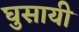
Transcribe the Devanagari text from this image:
घुसायी